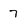
Character: 7